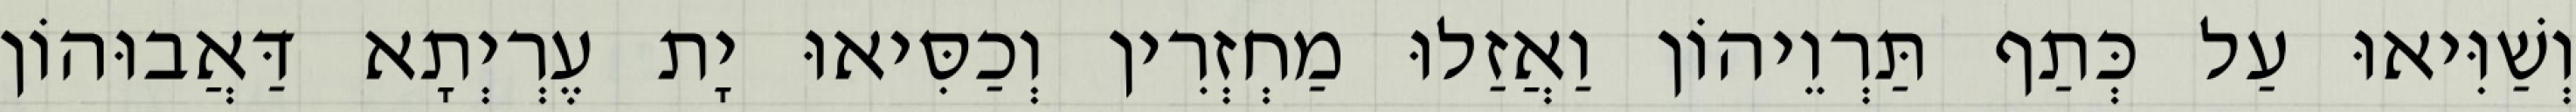
וְשַׁוִּיאוּ עַל כְּתַף תַּרְוֵיהוֹן וַאֲזַלוּ מַחְזְרִין וְכַסִּיאוּ יָת עֶרְיְתָא דַּאֲבוּהוֹן